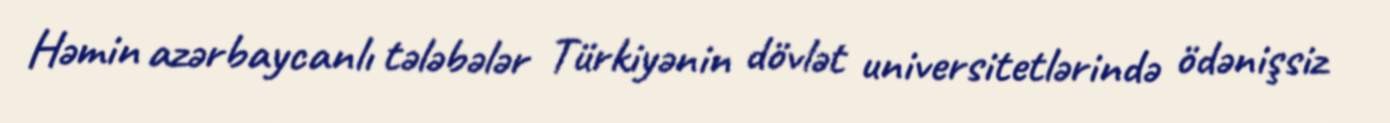
Həmin azərbaycanlı tələbələr Türkiyənin dövlət universitetlərində ödənişsiz